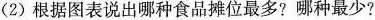
(2)根据图表说出哪种食品摊位最多?哪种最少?